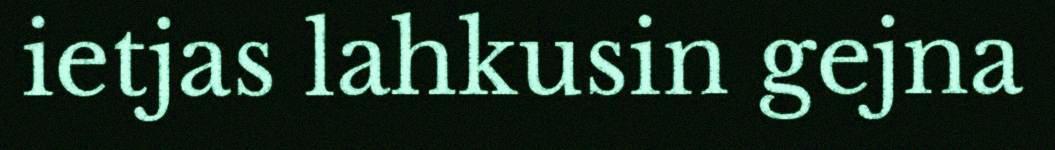
ietjas lahkusin gejna